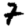
Digit: 7